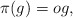
\begin{align*}\pi(g)=og,\end{align*}